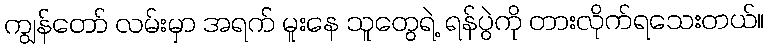
ကျွန်တော် လမ်းမှာ အရက် မူးနေ သူတွေရဲ့ ရန်ပွဲကို တားလိုက်ရသေးတယ်။